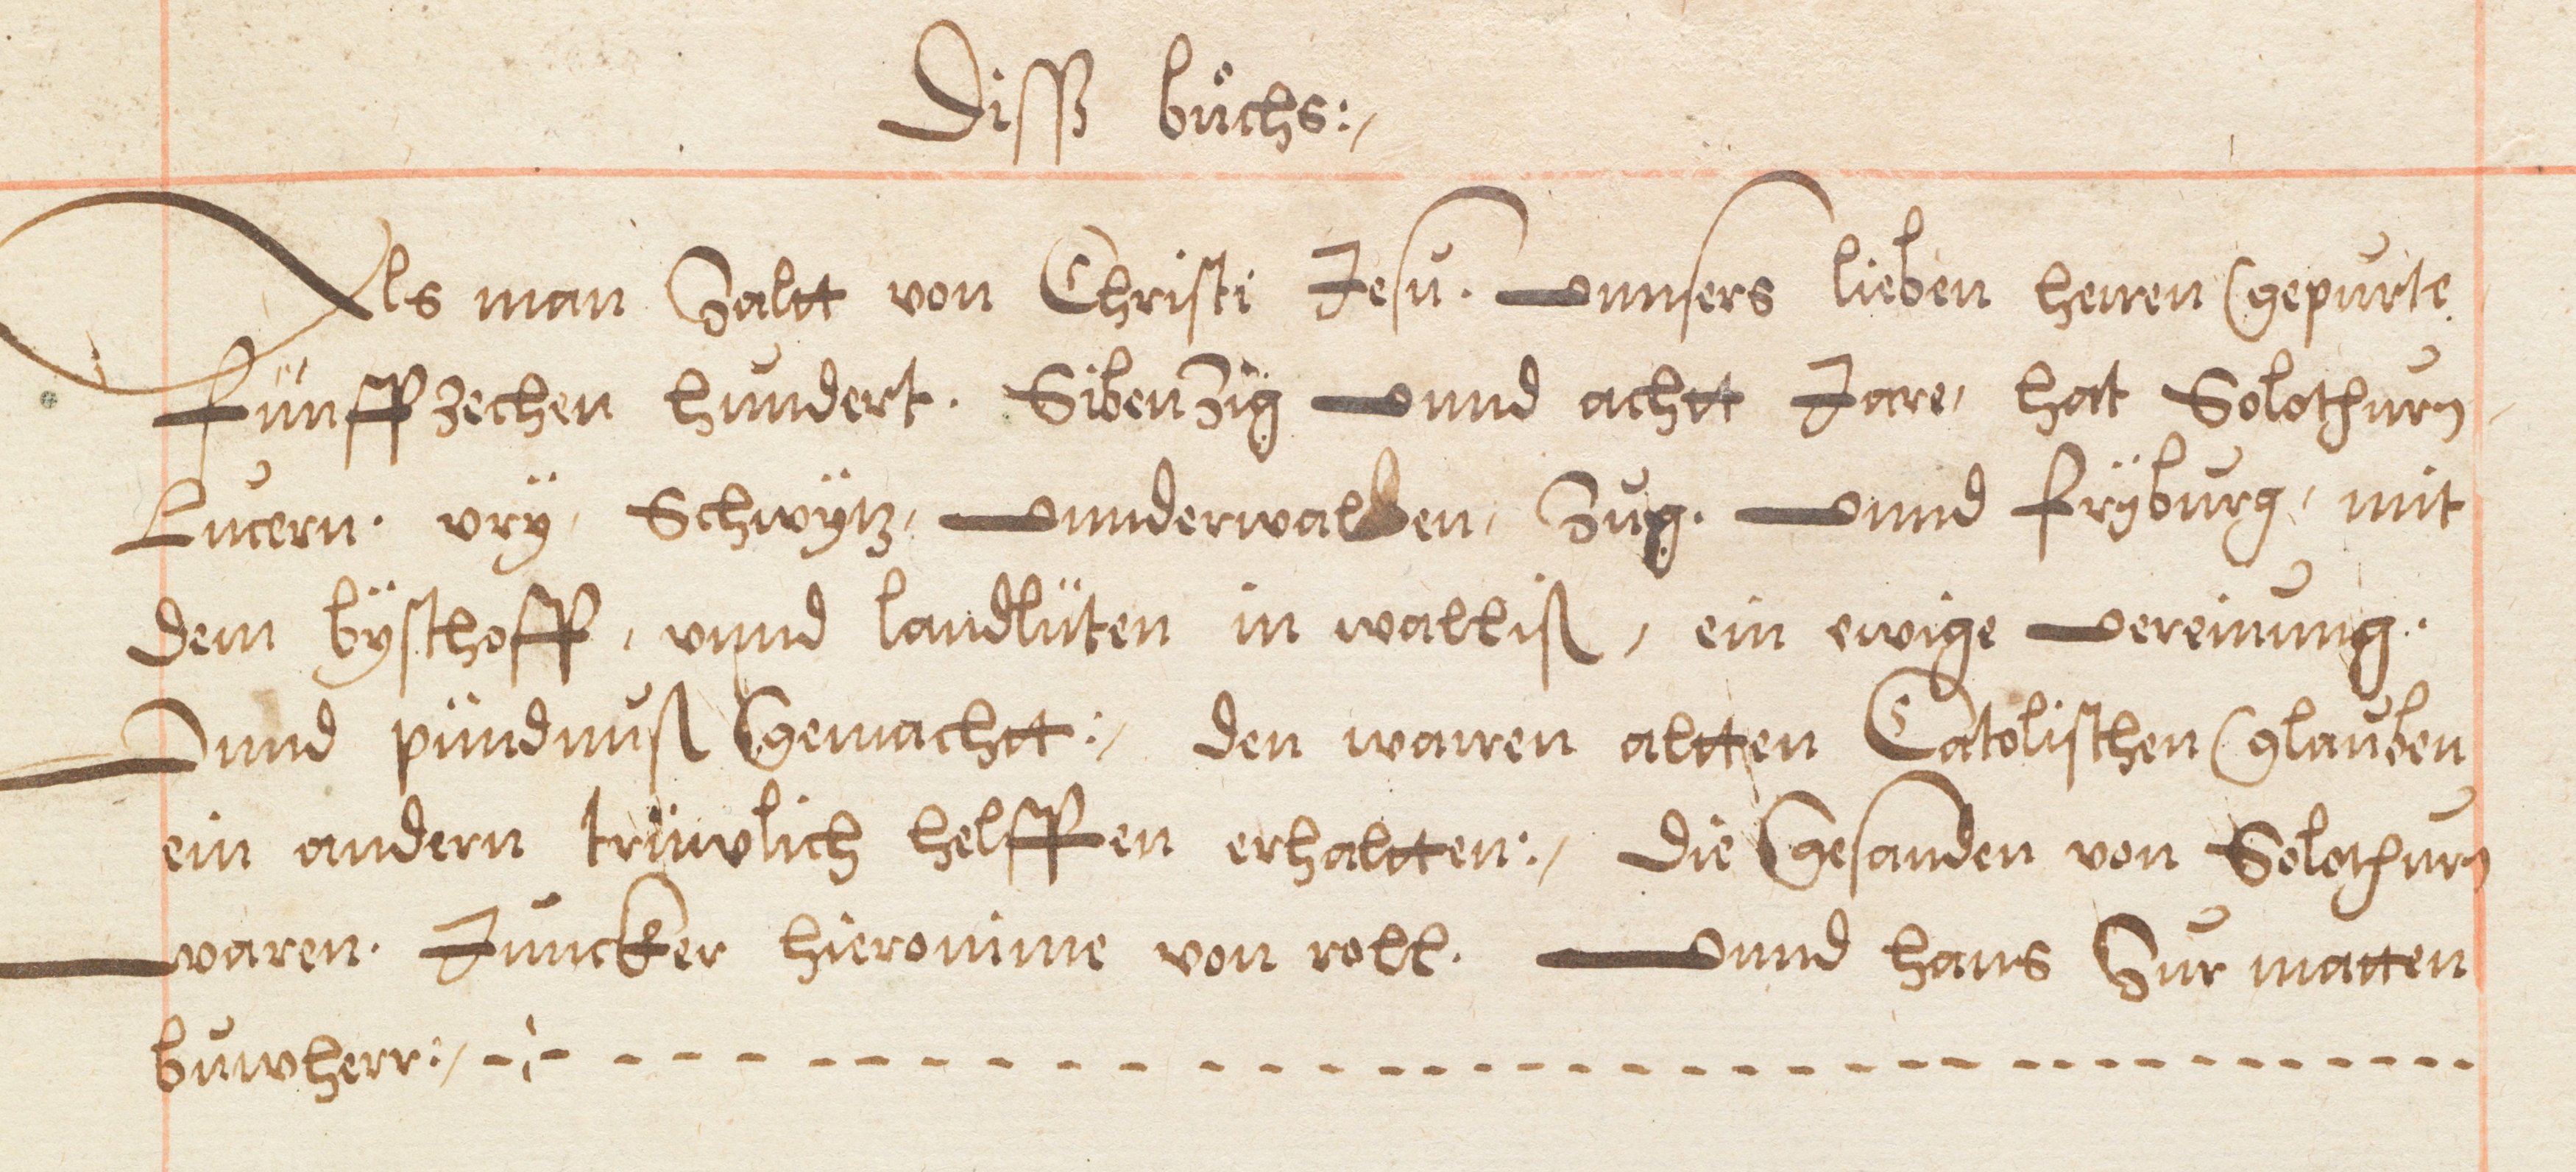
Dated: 1578–1580